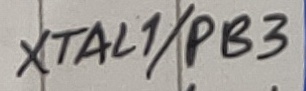
Text: XTAL1/PB3